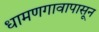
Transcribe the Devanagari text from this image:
धामणगावापासून